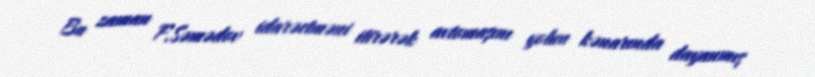
Bu zaman F.Səmədov idarəetməni itirərək avtomaşını yolun kənarında dayanmış